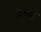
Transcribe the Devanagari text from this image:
अमाह